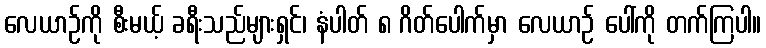
လေယာဉ်ကို စီးမယ့် ခရီးသည်များရှင်၊ နံပါတ် ၈ ဂိတ်ပေါက်မှာ လေယာဉ် ပေါ်ကို တက်ကြပါ။